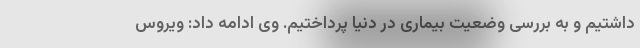
داشتیم و به بررسی وضعیت بیماری در دنیا پرداختیم. وی ادامه داد: ویروس